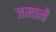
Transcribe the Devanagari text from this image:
जमानें